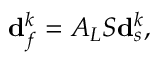
\mathbf { d } _ { f } ^ { k } = A _ { L } S \mathbf { d } _ { s } ^ { k } ,